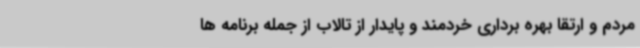
مردم و ارتقا بهره برداری خردمند و پایدار از تالاب از جمله برنامه ها